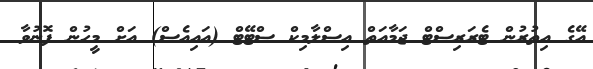
އޭގެ އިތުރުން ޓެރަރިސްޓް ޖަމާއަތް އިސްލާމިކް ސްޓޭޓް (އައިއެސް) އަށް މީހުން ފޮނުވާ